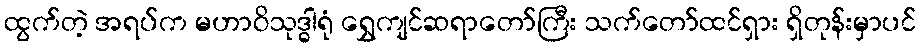
ထွက်တဲ့ အရပ်က မဟာဝိသုဒ္ဓါရုံ ရွှေကျင်ဆရာတော်ကြီး သက်တော်ထင်ရှား ရှိတုန်းမှာပင်